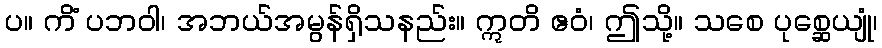
ပ။ ကိံ ပဘဝါ၊ အဘယ်အမွန်ရှိသနည်း။ ဣတိ ဧဝံ၊ ဤသို့။ သစေ ပုစ္ဆေယျုံ၊